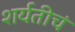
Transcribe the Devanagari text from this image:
शर्यतीचं